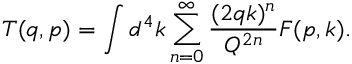
T ( q , p ) = \int d ^ { 4 } k \sum _ { n = 0 } ^ { \infty } \frac { ( 2 q k ) ^ { n } } { Q ^ { 2 n } } F ( p , k ) .